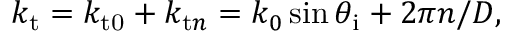
k _ { \mathrm { t } } = k _ { \mathrm { t 0 } } + k _ { \mathrm { t } n } = k _ { 0 } \sin { \theta _ { \mathrm { i } } + 2 \pi } n / D ,